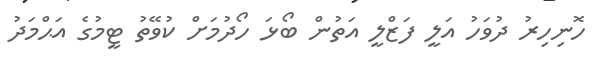
ހޮނިހިރު ދުވަހު އަލީ ފަޒްލީ އަތުން ބޯޅަ ހޯދުމަށް ކުވޭތު ޓީމުގެ އަޙްމަދު